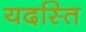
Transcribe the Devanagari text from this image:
यदस्ति